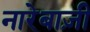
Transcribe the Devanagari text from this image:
नारेबाज़ी